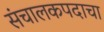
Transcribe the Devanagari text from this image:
संचालकपदाचा